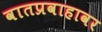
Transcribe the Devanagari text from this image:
वातप्रवाहावर